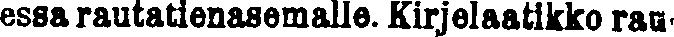
essa rautienasemalle. Kirjelaatikko rau-